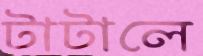
টাটালে